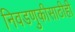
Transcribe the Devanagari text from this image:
निवडणुकीसाठीही